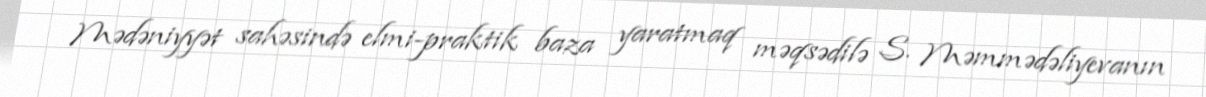
Mədəniyyət sahəsində elmi-praktik baza yaratmaq məqsədilə S. Məmmədəliyevanın